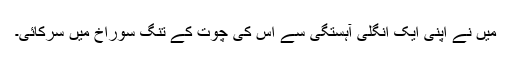
میں نے اپنی ایک انگلی آہستگی سے اس کی چوت کے تنگ سوراخ میں سرکائی۔